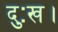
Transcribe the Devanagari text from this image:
दुःख।